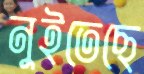
নুইতেছে